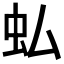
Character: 𧈥